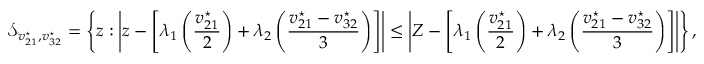
\mathcal { S } _ { v _ { 2 1 } ^ { \star } , v _ { 3 2 } ^ { \star } } = \left\{ z : \left| z - \left[ \lambda _ { 1 } \left( \frac { v _ { 2 1 } ^ { \star } } { 2 } \right) + \lambda _ { 2 } \left( \frac { v _ { 2 1 } ^ { \star } - v _ { 3 2 } ^ { \star } } { 3 } \right) \right] \right| \le \left| Z - \left[ \lambda _ { 1 } \left( \frac { v _ { 2 1 } ^ { \star } } { 2 } \right) + \lambda _ { 2 } \left( \frac { v _ { 2 1 } ^ { \star } - v _ { 3 2 } ^ { \star } } { 3 } \right) \right] \right| \right\} ,